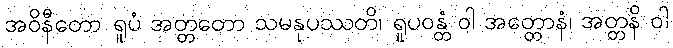
အဝိနီတော ရူပံ အတ္တတော သမနုပဿတိ၊ ရူပဝန္တံ ဝါ အတ္တောနံ၊ အတ္တနိ ဝါ